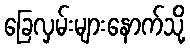
ခြေလှမ်းများနောက်သို့